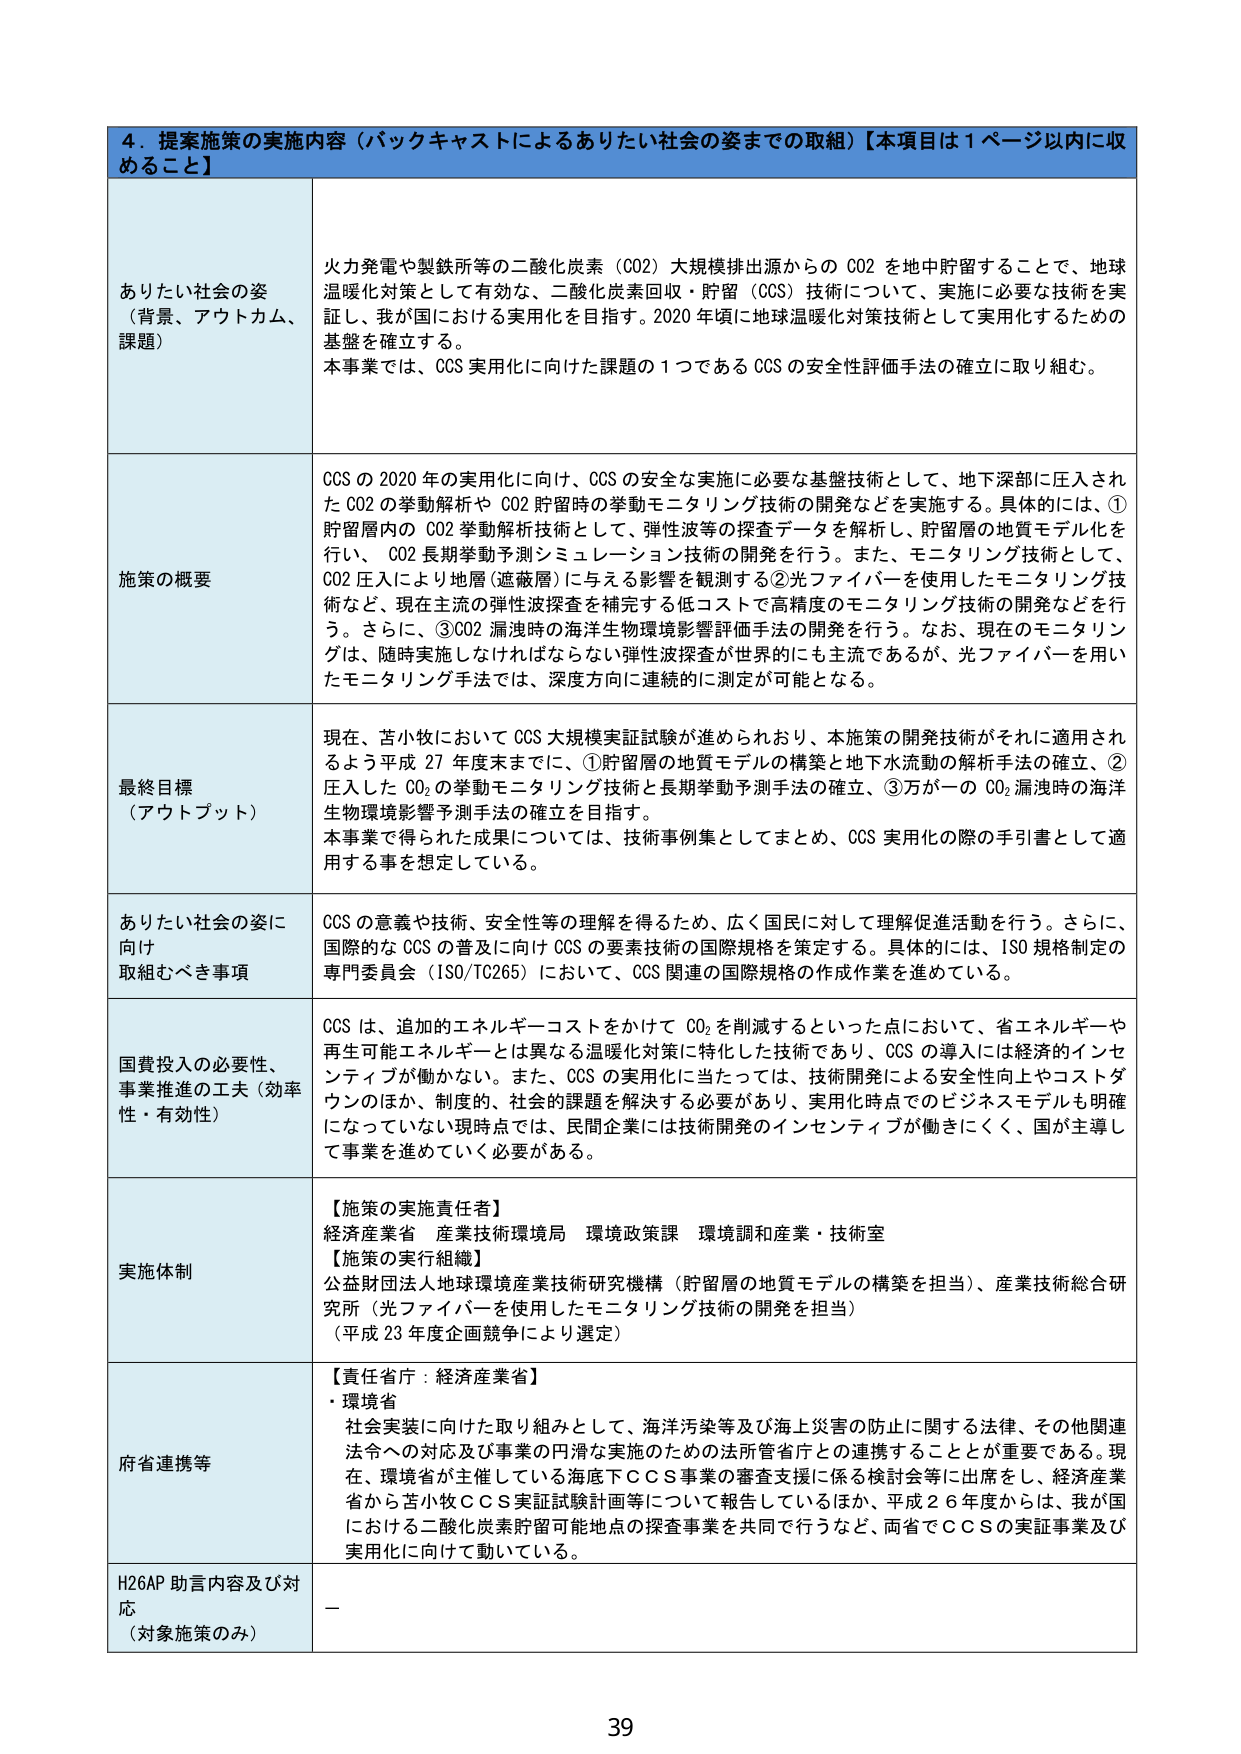
4．提案施策の実施内容（バックキャストによるありたい社会の姿までの取組）【本項目は1ページ以内に収めること】

ありたい社会の姿
（背景、アウトカム、課題）
火力発電や製鉄所等の二酸化炭素（CO2）大規模排出源からのCO2を地中貯留することで、地球温暖化対策として有効な、二酸化炭素回収・貯留（CCS）技術について、実施に必要な技術を実証し、我が国における実用化を目指す。2020年頃に地球温暖化対策技術として実用化するための基盤を確立する。
本事業では、CCS実用化に向けた課題の1つであるCCSの安全性評価手法の確立に取り組む。

施策の概要
CCSの2020年の実用化に向け、CCSの安全な実施に必要な基盤技術として、地下深部に圧入されたCO2の挙動解析やCO2貯留時の挙動モニタリング技術の開発などを実施する。具体的には、①貯留層内のCO2挙動解析技術として、弾性波等の探査データを解析し、貯留層の地質モデル化を行い、CO2長期挙動予測シミュレーション技術の開発を行う。また、モニタリング技術として、CO2圧入により地層（遮蔽層）に与える影響を観測する②光ファイバーを使用したモニタリング技術など、現在主流の弾性波探査を補完する低コストで高精度のモニタリング技術などを行う。さらに、③CO2漏洩時の海洋生物環境影響評価手法の開発を行う。なお、現在のモニタリングは、随時実施しなければならない弾性波探査が世界的にも主流であるが、光ファイバーを用いたモニタリング手法では、深度方向に連続的に測定が可能となる。

最終目標
（アウトプット）
現在、苫小牧においてCCS大規模実証試験が進められおり、本施策の開発技術がそれに適用されるよう平成27年度末までに、①貯留層の地質モデルの構築と地下水流動の解析手法の確立、②圧入したCO2の挙動モニタリング技術と長期挙動予測手法の確立、③万が一のCO2漏洩時の海洋生物環境影響予測手法の確立を目指す。
本事業で得られた成果については、技術事例集としてまとめ、CCS実用化の際の手引書として適用する事を想定している。

ありたい社会の姿に向け
取組むべき事項
CCSの意義や技術、安全性等の理解を得るため、広く国民に対して理解促進活動を行う。さらに、国際的なCCSの普及に向けCCSの要素技術の国際規格を策定する。具体的には、ISO規格制定の専門委員会（ISO/TC265）において、CCS関連の国際規格の作成作業を進めている。

国費投入の必要性、
事業推進の工夫（効率性・有効性）
CCSは、追加のエネルギーコストをかけてCO2を削減するといった点において、省エネルギーや再生可能エネルギーとは異なる温暖化対策に特化した技術であり、CCSの導入には経済的インセンティブが働かない。また、CCSの実用化に当たっては、技術開発による安全性向上やコストダウンのほか、制度的、社会的課題を解決する必要があり、実用化時点でのビジネスモデルも明確になっていない現時点では、民間企業には技術開発のインセンティブが働きにくく、国が主導して事業を進めていく必要がある。

実施体制
【施策の実施責任者】
経済産業省 産業技術環境局 環境政策課 環境調和産業・技術室
【施策の実行組織】
公益財団法人地球環境産業技術研究機構（貯留層の地質モデルの構築を担当）、産業技術総合研究所（光ファイバーを使用したモニタリング技術の開発を担当）
（平成23年度全面競争により選定）

府省連携等
【責任省庁：経済産業省】
・環境省
社会実装に向けた取り組みとして、海洋汚染等及び海上災害の防止に関する法律、その他関連法令への対応及び事業の円滑な実施のための法所管省庁との連携することが重要である。現在、環境省が主催している海底下CCS事業の審査支援に係る検討会等に出席をし、経済産業省から苫小牧CCS実証試験計画等について報告しているほか、平成26年度からは、我が国における二酸化炭素貯留可能地点の探査事業を共同で行うなど、両省でCCSの実証事業及び実用化に向けて動いている。

H26AP助言内容及び対応
（対象施策のみ）
－

39